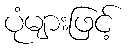
ပုံများဖြင့်